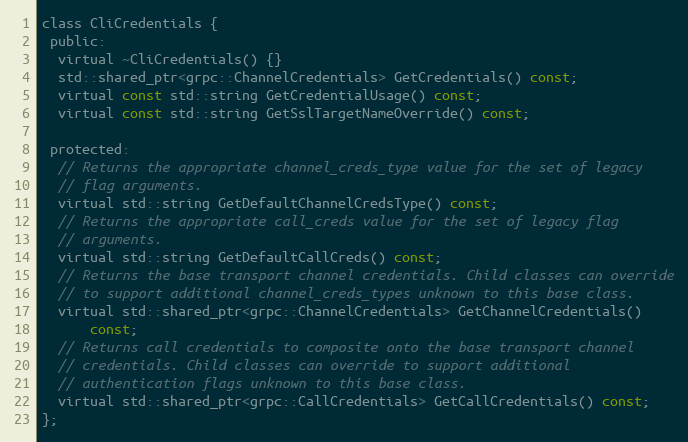
Language: C
class CliCredentials {
 public:
  virtual ~CliCredentials() {}
  std::shared_ptr<grpc::ChannelCredentials> GetCredentials() const;
  virtual const std::string GetCredentialUsage() const;
  virtual const std::string GetSslTargetNameOverride() const;

 protected:
  // Returns the appropriate channel_creds_type value for the set of legacy
  // flag arguments.
  virtual std::string GetDefaultChannelCredsType() const;
  // Returns the appropriate call_creds value for the set of legacy flag
  // arguments.
  virtual std::string GetDefaultCallCreds() const;
  // Returns the base transport channel credentials. Child classes can override
  // to support additional channel_creds_types unknown to this base class.
  virtual std::shared_ptr<grpc::ChannelCredentials> GetChannelCredentials()
      const;
  // Returns call credentials to composite onto the base transport channel
  // credentials. Child classes can override to support additional
  // authentication flags unknown to this base class.
  virtual std::shared_ptr<grpc::CallCredentials> GetCallCredentials() const;
};